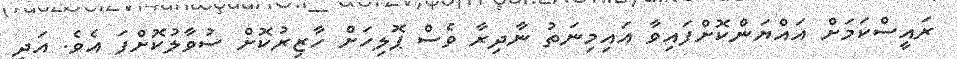
ރައީސްކަމަށް އައްޔަންކޮށްފައިވާ އައިމިނަތު ނާދިރާ ވެސް ޕޮލިހަށް ހާޒިރުކޮށް ސުވާލުކޮށްފަ އެވެ. އަދި